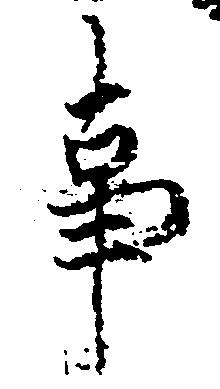
事